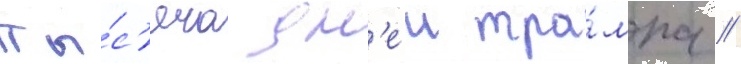
Ты́с'яча дн'еи тра́мпа //